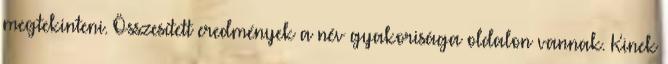
megtekinteni. Összesített eredmények a név gyakorisága oldalon vannak. Kinek